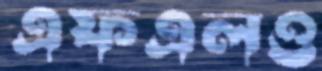
এফএলও